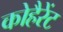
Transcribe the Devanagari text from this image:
कोहैरेंट